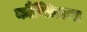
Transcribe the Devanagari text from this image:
कौन्सिलचा